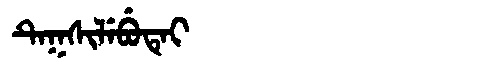
Manchu: ᡨᡝᡴᠰᡳᠯᡝᠪᡠᡨᡝᡳ
Romanization: TEKSILEBUTEI